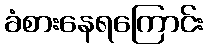
ခံစားနေရကြောင်း